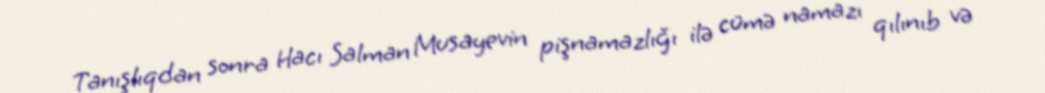
Tanışlıqdan sonra Hacı Salman Musayevin pişnamazlığı ilə cümə namazı qılınıb və